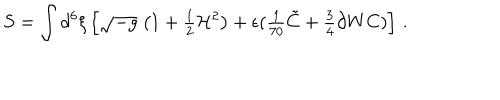
S = \int d ^ { 6 } \xi \left[ \sqrt { - g } \ \bigl ( 1 + { \textstyle \frac { 1 } { 2 } } { \cal H } ^ { 2 } \bigr ) + \epsilon ( { \textstyle \frac { 1 } { 7 0 } } \tilde { C } + { \textstyle \frac { 3 } { 4 } } \partial W C ) \right] \, .